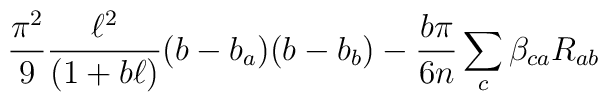
{\pi^2\over9}{\ell^2\over(1+b\ell)}(b-b_a)(b-b_b) - {b\pi\over6n}\sum_{c}\beta_{ca}R_{ab}